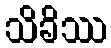
သိခိဿ